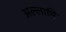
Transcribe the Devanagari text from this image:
अल्लामि